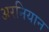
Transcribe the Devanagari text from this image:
अरनियान